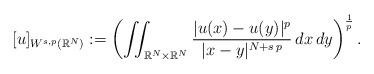
LaTeX: \begin{align*}[u]_{W^{s,p}(\mathbb{R}^N)}:=\left(\iint_{\mathbb{R}^N\times\mathbb{R}^N} \frac{|u(x)-u(y)|^p}{|x-y|^{N+s\,p}}\,dx\,dy\right)^\frac{1}{p}.\end{align*}